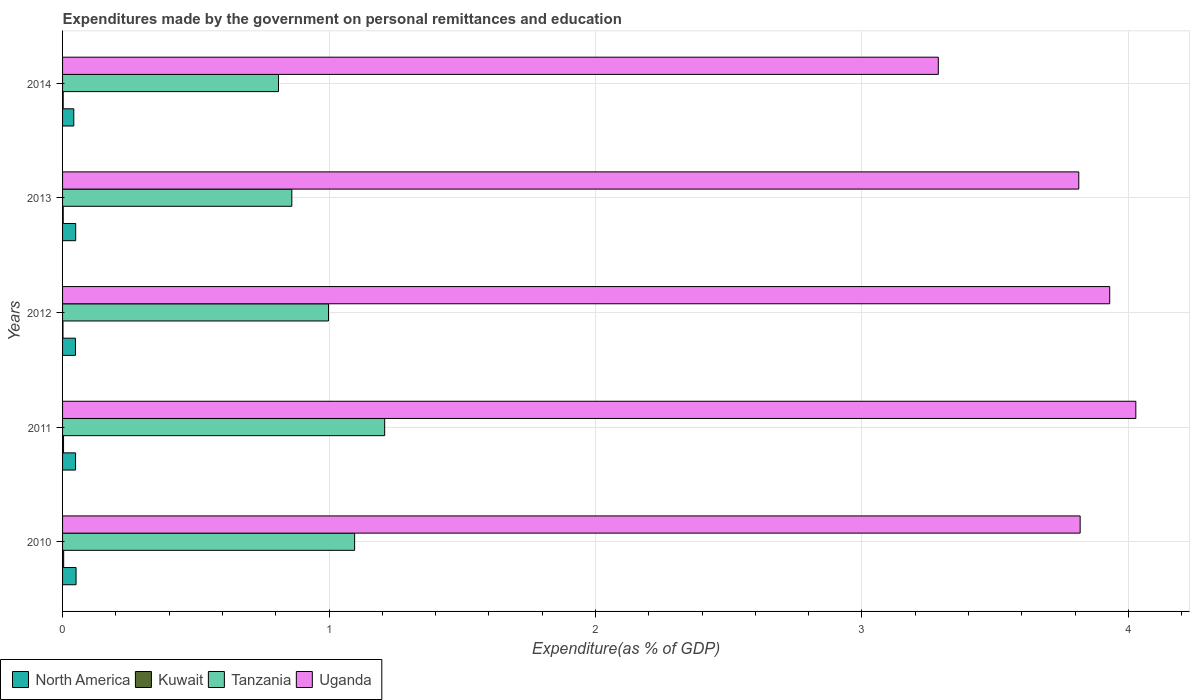
| Years | North America | Kuwait | Tanzania | Uganda |
 | --- | --- | --- | --- | --- |
 | 2010 | 0.0507 | 0.00417 | 1.1 | 3.82 |
 | 2011 | 0.0488 | 0.00366 | 1.21 | 4.03 |
 | 2012 | 0.0483 | 0.0015 | 0.998 | 3.93 |
 | 2013 | 0.0493 | 0.00243 | 0.861 | 3.81 |
 | 2014 | 0.0421 | 0.00235 | 0.81 | 3.29 |